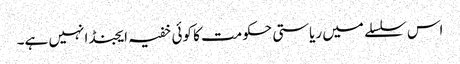
اس سلسلے میں ریاستی حکومت کا کوئی خفیہ ایجنڈا نہیں ہے۔